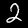
Digit: 2